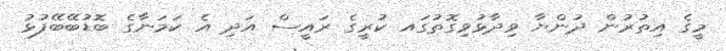
މީގެ އިތުރުން ދުންޔާ ވިދާޅުވިގޮތުގައ ކުރީގެ ރައީސް އަދި އެ ކަމަނާގެ ބޮޑުބޭބޭފުޅު